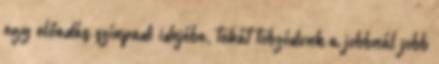
egy előadás színpadi idejébe, tehát tobzódunk a jobbnál jobb